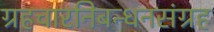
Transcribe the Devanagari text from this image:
ग्रहचारनिबन्धनसंग्रह